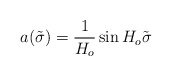
\begin{align*}a(\tilde{\sigma}) = \frac{1}{H_{o}} \sin H_{o} \tilde{\sigma}\end{align*}